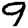
Digit: 9